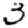
Digit: 3